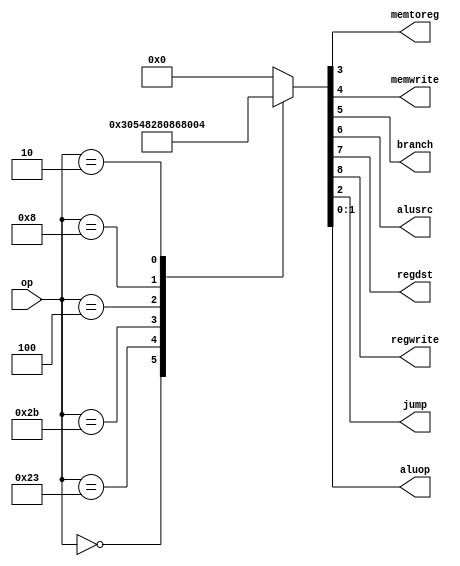
// This program was cloned from: https://github.com/lvyufeng/step_into_mips
// License: MIT License

`timescale 1ns / 1ps
//////////////////////////////////////////////////////////////////////////////////
// Company: 
// Engineer: 
// 
// Design Name: 
// Module Name: maindec
// Project Name: 
// Target Devices: 
// Tool Versions: 
// Description: 
// 
// Dependencies: 
// 
// Revision:
// Revision 0.01 - File Created
// Additional Comments:
// 
//////////////////////////////////////////////////////////////////////////////////


module maindec(
	input wire[5:0] op,

	output wire memtoreg,memwrite,
	output wire branch,alusrc,
	output wire regdst,regwrite,
	output wire jump,
	output wire[1:0] aluop
    );
	reg[8:0] controls;
	assign {regwrite,regdst,alusrc,branch,memwrite,memtoreg,jump,aluop} = controls;
	always @(*) begin
		case (op)
			6'b000000:controls <= 9'b110000010;//R-TYRE
			6'b100011:controls <= 9'b101001000;//LW
			6'b101011:controls <= 9'b001010000;//SW
			6'b000100:controls <= 9'b000100001;//BEQ
			6'b001000:controls <= 9'b101000000;//ADDI
			6'b000010:controls <= 9'b000000100;//J
			default:  controls <= 9'b000000000;//illegal op
		endcase
	end
endmodule